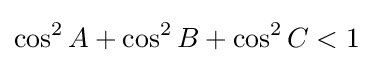
\cos ^{2}A+\cos ^{2}B+\cos ^{2}C<1